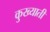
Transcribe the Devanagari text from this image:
कुख्याती